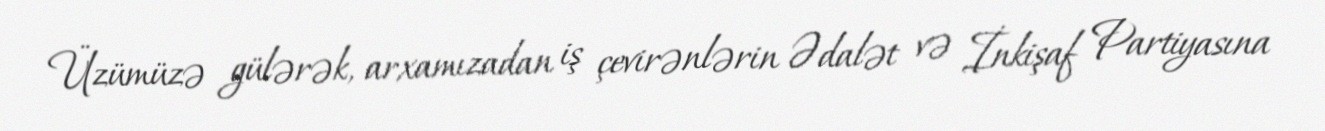
Üzümüzə gülərək, arxamızadan iş çevirənlərin Ədalət və İnkişaf Partiyasına